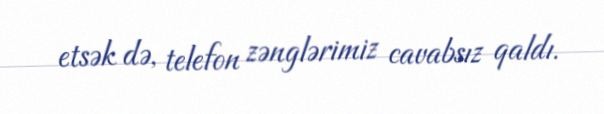
etsək də, telefon zənglərimiz cavabsız qaldı.